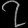
Digit: ၇